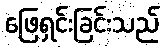
ဖြေရှင်းခြင်းသည်